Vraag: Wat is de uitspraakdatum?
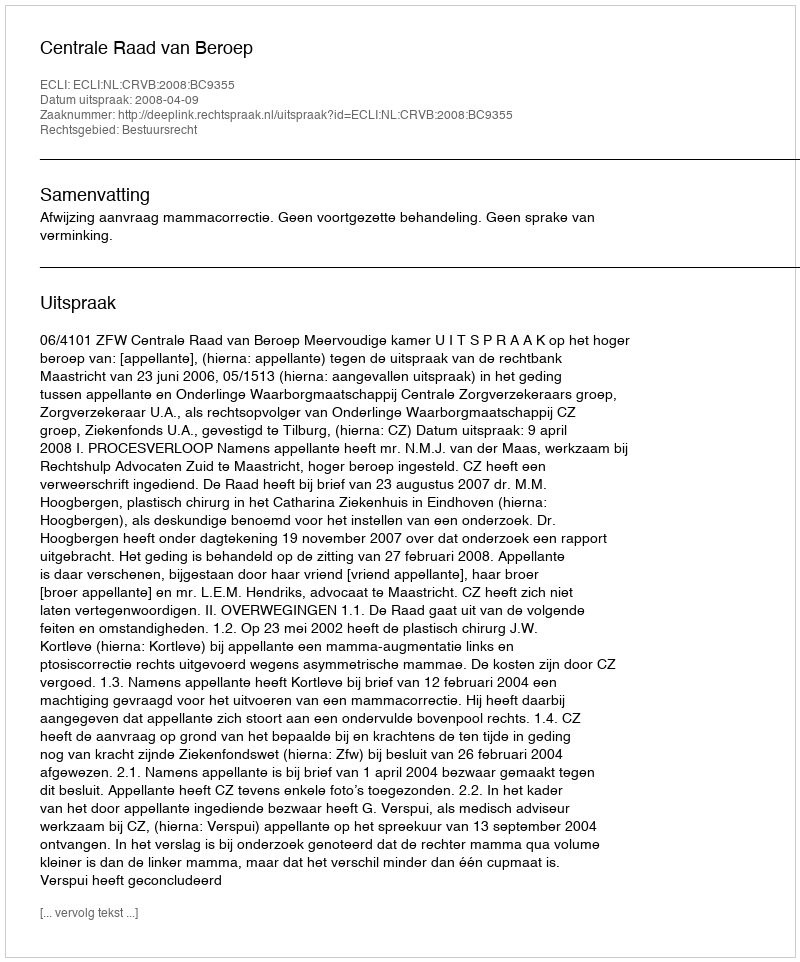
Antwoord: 2008-04-09